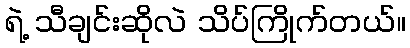
ရဲ့ သီချင်းဆိုလဲ သိပ်ကြိုက်တယ်။